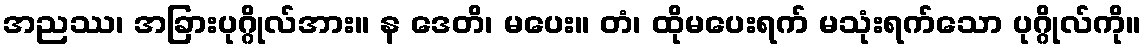
အညဿ၊ အခြားပုဂ္ဂိုလ်အား။ န ဒေတိ၊ မပေး။ တံ၊ ထိုမပေးရက် မသုံးရက်သော ပုဂ္ဂိုလ်ကို။